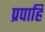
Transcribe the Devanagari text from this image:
प्रपाहि